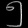
Digit: ၅